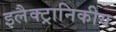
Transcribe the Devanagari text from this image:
इलैक्ट्रानिकीय